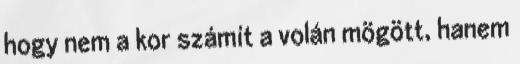
hogy nem a kor számít a volán mögött, hanem